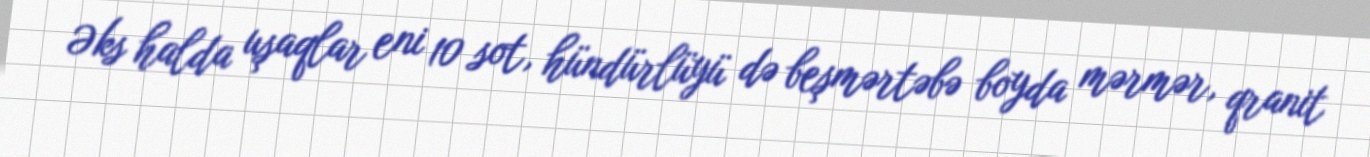
Əks halda uşaqlar eni 10 sot, hündürlüyü də beşmərtəbə boyda mərmər, qranit